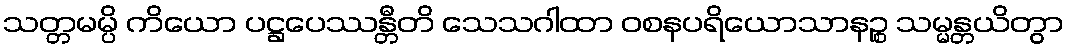
သတ္တမမ္ပိ ကိယော ပဋ္ဌပေဿန္တီတိ သေသဂါထာ ဝစနပရိယောသာနဉ္စ သမ္မန္တယိတွာ